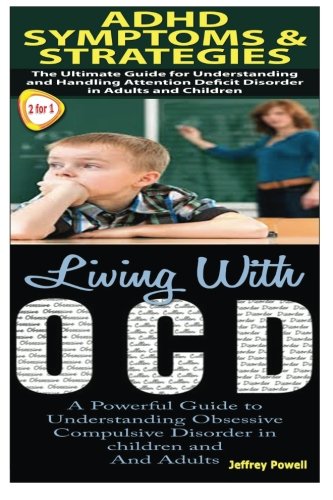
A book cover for ADHD Symptoms & Strategies & Living With OCD (Human Behaviour Box Set) (Volume 3); Jeffrey Powell; Health, Fitness & Dieting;